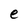
Character: e